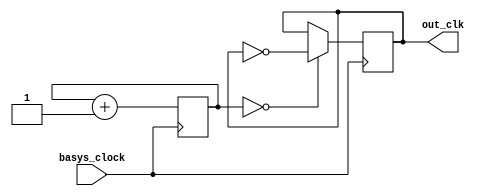
`timescale 1ns / 1ps
//////////////////////////////////////////////////////////////////////////////////
// Company: 
// Engineer: 
// 
// Design Name: 
// Module Name: clock_voice
// Project Name: 
// Target Devices: 
// Tool Versions: 
// Description: 
// 
// Dependencies: 
// 
// Revision:
// Revision 0.01 - File Created
// Additional Comments:
// 
//////////////////////////////////////////////////////////////////////////////////


module clk_voice(
    input basys_clock,
    output reg out_clk=0
    );
    reg [11:0] count=0;
    always @ (posedge basys_clock)
    begin
        count<= count+1;
        out_clk<=(count==0)?~out_clk:out_clk;
    end
endmodule